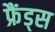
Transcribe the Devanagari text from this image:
फ्रैंड्स